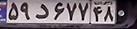
۵۹د۶۷۷۴۸